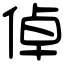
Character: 倬